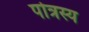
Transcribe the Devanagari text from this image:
पोत्रस्य